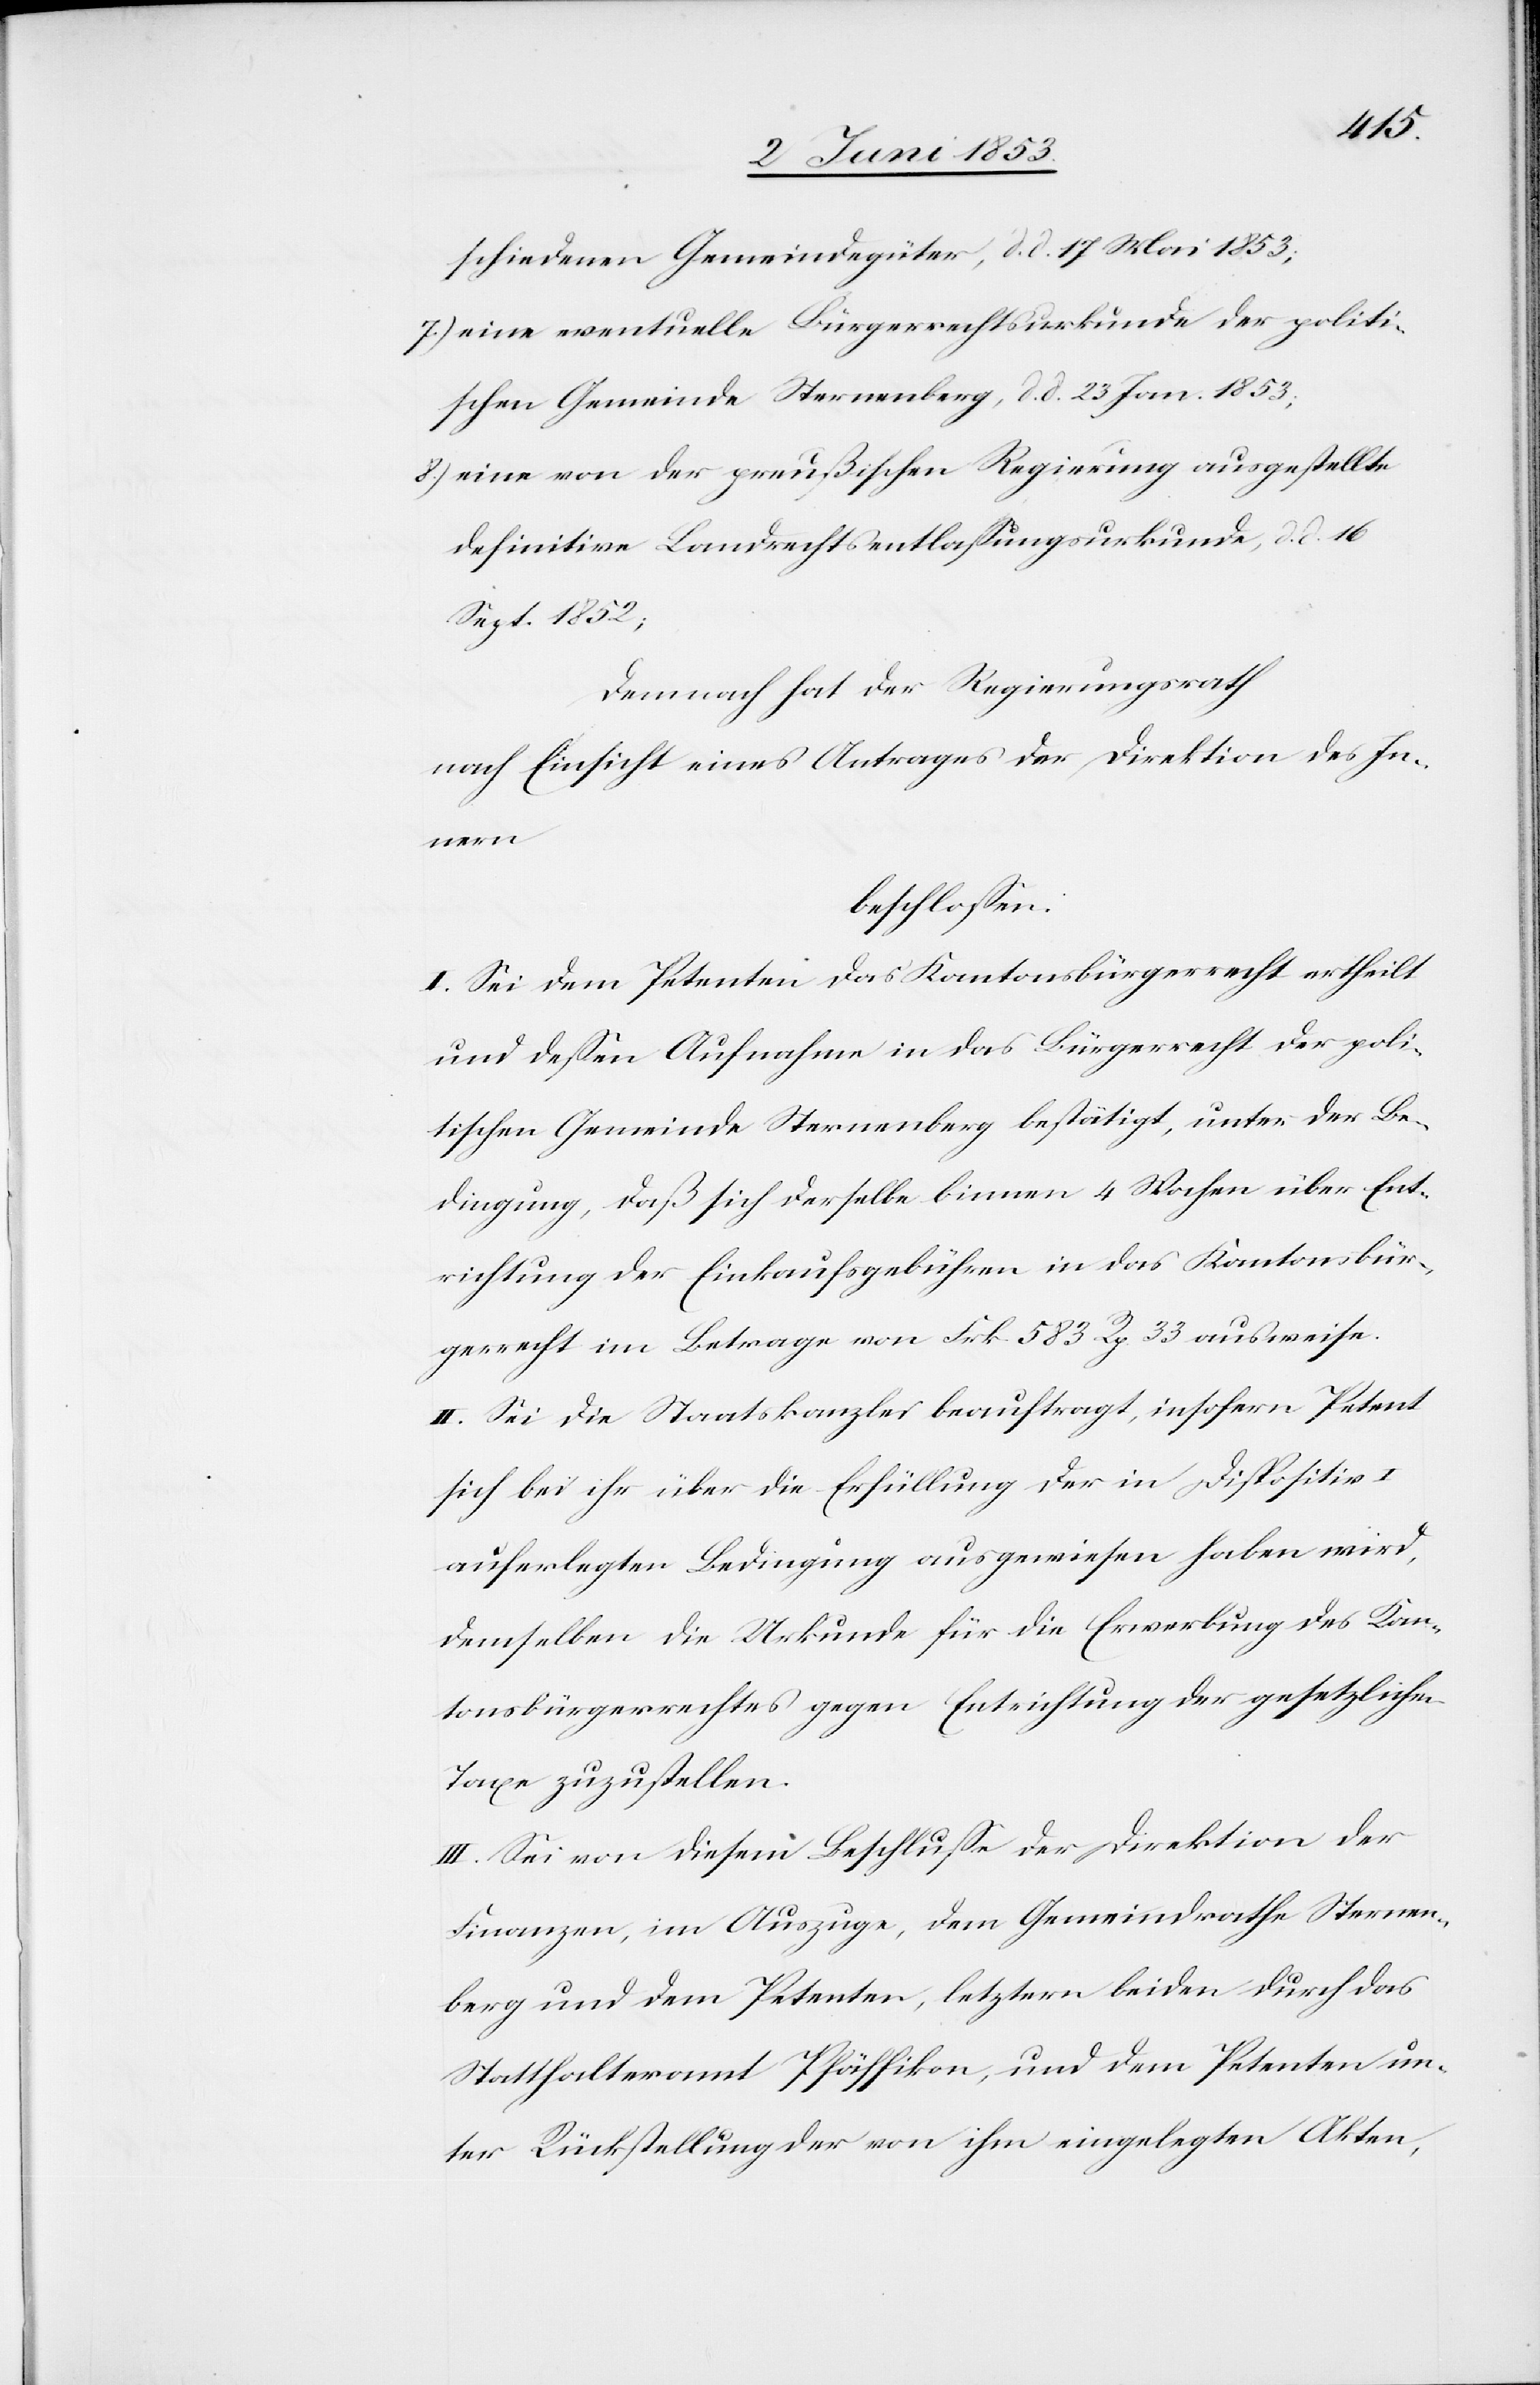
schiedenen Gemeindgüter, d. d. 17 Mai 1853;
7.) eine eventuelle Bürgerrechtsurkunde der politi¬
schen Gemeinde Sternenberg, d. d. 23 Jan. 1853;
8.) eine von der preußischen Regierung ausgestellte
definitive Landrechtsentlaßungsurkunde, d. d.
Sept. 1852;
Demnach hat der Regierungsrath
nach Einsicht eines Antrages der Direktion des In¬
nern
beschloßen:
I. Sei dem Petenten das Kantonsbürgerrecht ertheilt
und deßen Aufnahme in das Bürgerrecht der poli¬
tischen Gemeinde Sternenberg bestätigt, unter der Be¬
dingung, daß sich derselbe binnen 4 Wochen über Ent¬
richtung der Einkaufsgebühren in das Kantonsbür¬
gerrecht im Betrage von Frk. 583 Rp. 33 ausweise.
II. Sei die Staatskanzlei beauftragt, insofern Petent
sich bei ihr über die Erfüllung der in Dispositiv
auferlegten Bedingung ausgewiesen haben wird,
demselben die Urkunde für die Erwerbung des Kan¬
tonsbürgerrechtes gegen Entrichtung der gesetzlichen
Taxe zuzustellen.
III. Sei von diesem Beschluße der Direktion der
Finanzen, im Auszuge, letztern beiden durch das
Statthalteramt Pfäffikon, und dem Petenten un¬
ter Rückstellung der von ihm eingelegten Akten,